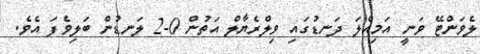
ލެވަންޓޭ ވަނީ އަމިއްލަ ދަނޑުގައި ވިލްރެޔާލް އަތުން 0-2 ލަނޑުން ބަލިވެފަ އެވެ.